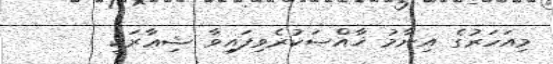
މިއަހަރުގެ އިނާމު ޚާއްޞަކުރެވިފައިވާ ޝިޢާރަކީ